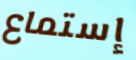
إستماع